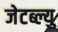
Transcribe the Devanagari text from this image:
जेटब्ल्यु